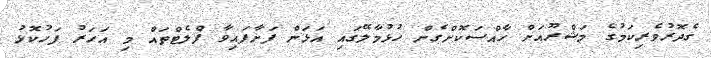
ގެދޮރުވެރިކަމުގެ މަޝްރޫއަށް ހާއްސަކޮށްގެން ހުޅުމާލޭގައި އަޅަން ފަށާފައިވާ ފްލެޓްތައް މި އަަހަރު ފަހުކޮޅު